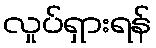
လှုပ်ရှားရန်